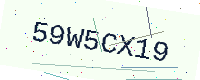
Text: 59W5CX19